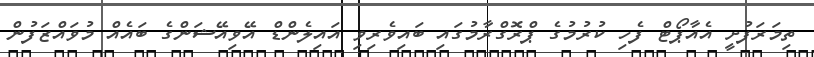
ތިމަރަފުށީ އެއާޕޯޓް ފެހި ކުރުމުގެ ޕްރޮގްރާމުގައި ބައިވެރިވި އައިލެންޑް އޭވިއޭޝަންގެ ބައެއް މުވައްޒަފުން